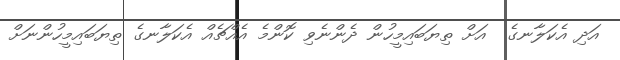
އަދި އެކަލާނގެ  އަށް ތިޔަބައިމީހުން ދެންނެވި ކޮންމެ އެއްޗެއް އެކަލާނގެ ތިޔަބައިމީހުންނަށް